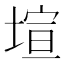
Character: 塇